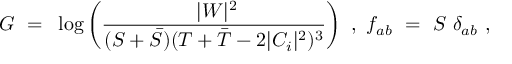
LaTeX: { \cal G } ~ = ~ \log \left( \frac { ~ | W | ^ { 2 } } { ( S + { \bar { S } } ) ( T + { \bar { T } } - 2 | C _ { i } | ^ { 2 } ) ^ { 3 } } \right) ~ , ~ f _ { a b } ~ = ~ S ~ \delta _ { a b } ~ , ~